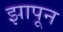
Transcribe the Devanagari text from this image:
झापून